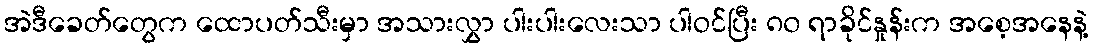
အဲဒီခေတ်တွေက ထောပတ်သီးမှာ အသားလွှာ ပါးပါးလေးသာ ပါဝင်ပြီး ၈၀ ရာခိုင်နှုန်းက အစေ့အနေနဲ့